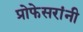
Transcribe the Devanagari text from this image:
प्रोफेसरांनी